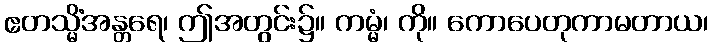
ဧတသ္မိံအန္တရေ၊ ဤအတွင်း၌။ ကမ္မံ၊ ကို။ ကောပေတုကာမတာယ၊